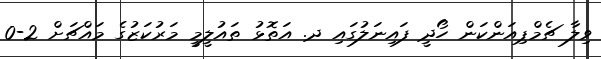
ވިލާ ޗެމްޕިއަންކަން ހޯދީ ފައިނަލުގައި ދ. އަތޮޅު ތައުލީމީ މަރުކަޒުގެ މައްޗަށް 2-0